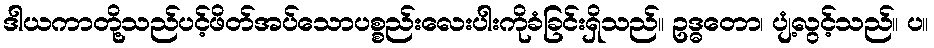
ဒါယကာတို့သည်ပင့်ဖိတ်အပ်သောပစ္စည်းလေးပါးကိုခံခြင်းရှိသည်။ ဥဒ္ဓတော၊ ပျံ့လွင့်သည်။ ပ။